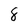
Character: 8